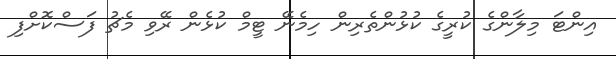
އިންޓަ މިލާންގެ ކުރީގެ ކުޅުންތެރިން ހިމެނޭ ޓީމް ކުޅެން ރޭވި މެޗު ފަސްކޮށްފި